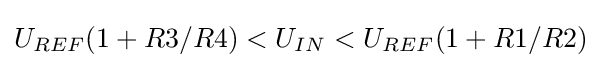
U_{REF}(1+R3/R4)<U_{IN}<U_{REF}(1+R1/R2)